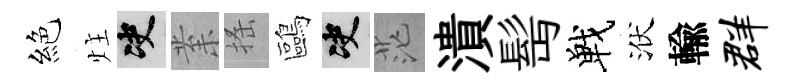
絕炷决𭪙搖鷗决茫潰髩戰洑輸群